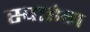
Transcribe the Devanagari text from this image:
स्पाइंग